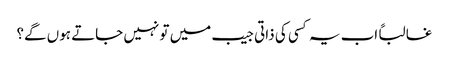
غالباً اب یہ کسی کی ذاتی جیب میں تو نہیں جاتے ہوں گے؟